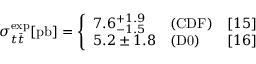
\sigma _ { t \bar { t } } ^ { \mathrm { e x p } } [ \mathrm { p b } ] = \left\{ \begin{array} { l l l } { { 7 . 6 _ { - 1 . 5 } ^ { + 1 . 9 } } } & { { \mathrm { ( C D F ) } } } & { { [ 1 5 ] } } \\ { { 5 . 2 \pm 1 . 8 } } & { { \mathrm { ( D 0 ) } } } & { { [ 1 6 ] } } \end{array} \right.